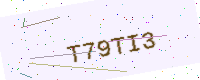
Text: T79TI3